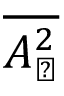
\overline { { A _ { \perp } ^ { 2 } } }